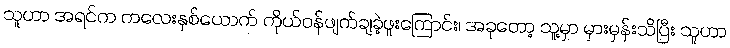
သူဟာ အရင်က ကလေးနှစ်ယောက် ကိုယ်ဝန်ဖျက်ချခဲ့ဖူးကြောင်း၊ အခုတော့ သူ့မှာ မှားမှန်းသိပြီး သူဟာ